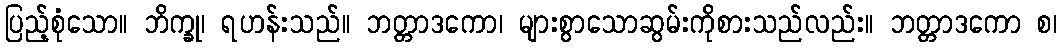
ပြည့်စုံသော။ ဘိက္ခု၊ ရဟန်းသည်။ ဘတ္တာဒကော၊ များစွာသောဆွမ်းကိုစားသည်လည်း။ ဘတ္တာဒကော စ၊